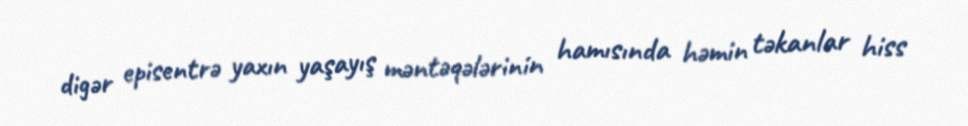
digər episentrə yaxın yaşayış məntəqələrinin hamısında həmin təkanlar hiss